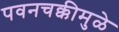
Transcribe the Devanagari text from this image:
पवनचक्कीमुळे